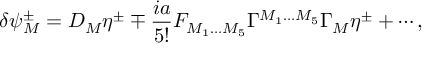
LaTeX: \delta \psi _ { M } ^ { \pm } = D _ { M } \eta ^ { \pm } \mp \frac { i a } { 5 ! } F _ { M _ { 1 } \ldots M _ { 5 } } \Gamma ^ { M _ { 1 } \ldots M _ { 5 } } \Gamma _ { M } \eta ^ { \pm } + \cdots ,